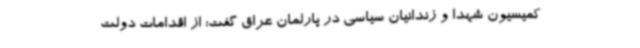
کمیسیون شهدا و زندانیان سیاسی در پارلمان عراق گفت: از اقدامات دولت